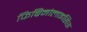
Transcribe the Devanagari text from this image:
फिब्रिनोलाइसिस